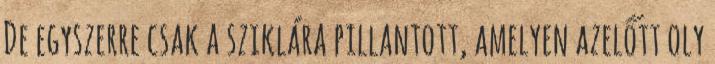
De egyszerre csak a sziklára pillantott, amelyen azelőtt oly